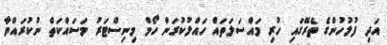
އަދި ފުލުހުންގެ ތެރޭގައި ހުރި މައްސަލަތައް ހައްލުކުރަން ހޯމް މިނިސްޓަރު މަސައްކަތް ނުކުރައްވާ